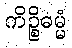
ကိဉ္စိဓမ္မံ